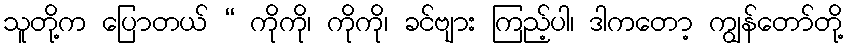
သူတို့က ပြောတယ် “ ကိုကို၊ ကိုကို၊ ခင်ဗျား ကြည့်ပါ၊ ဒါကတော့ ကျွန်တော်တို့